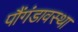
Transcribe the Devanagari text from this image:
पौंगंडावस्था